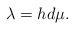
LaTeX: \begin{align*}\lambda=hd\mu.\end{align*}